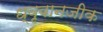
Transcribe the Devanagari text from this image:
ध्वृवानजीक